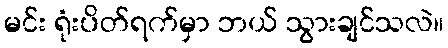
မင်း ရုံးပိတ်ရက်မှာ ဘယ် သွားချင်သလဲ။